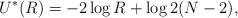
\begin{align*}U^*(R)=-2\log R+\log 2(N-2),\end{align*}